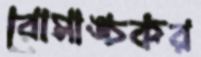
রোমাঙ্চকর